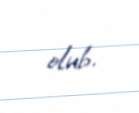
olub.